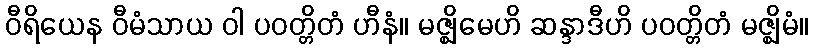
ဝီရိယေန ဝီမံသာယ ဝါ ပဝတ္တိတံ ဟီနံ။ မဇ္ဈိမေဟိ ဆန္ဒာဒီဟိ ပဝတ္တိတံ မဇ္ဈိမံ။